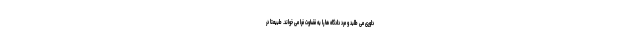
داوری می طلبد و مرد دادگاه ها را به قضاوت فرا می خواند. طبیعتاً در